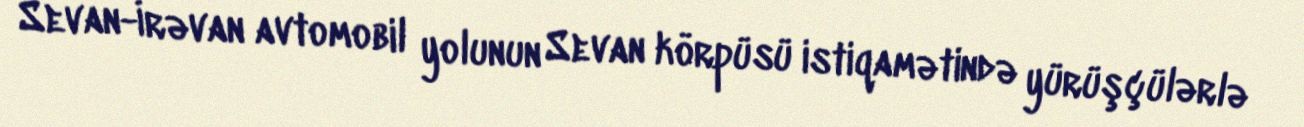
Sevan-İrəvan avtomobil yolunun Sevan körpüsü istiqamətində yürüşçülərlə